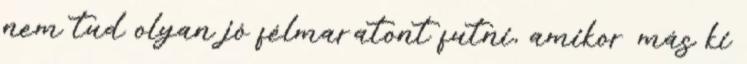
nem tud olyan jó félmaratont futni, amikor más ki